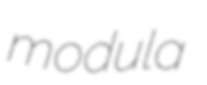
modula